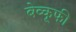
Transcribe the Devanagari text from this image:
बेव्कूफी